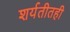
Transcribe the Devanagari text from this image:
शर्यतीतही